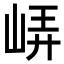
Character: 𡷟